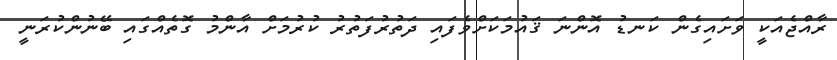
ރާއްޖެއަކީ ވަށައިގެން ކަނޑު އޮންނަ ޤައުމަކަށްވެފައި ދަތުރުފަތުރު ކުރުމަށް އާންމު ގޮތެއްގައި ބޭނުންކުރަނީ